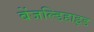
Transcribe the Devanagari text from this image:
बेंजल्डिहाइड